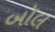
બૉલ